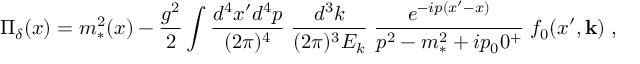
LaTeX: \Pi _ { \delta } ( x ) = m _ { * } ^ { 2 } ( x ) - { \frac { g ^ { 2 } } { 2 } } \int { \frac { d ^ { 4 } x ^ { \prime } d ^ { 4 } p } { ( 2 \pi ) ^ { 4 } } } \; { \frac { d ^ { 3 } k } { ( 2 \pi ) ^ { 3 } E _ { k } } } \; { \frac { e ^ { - i p ( x ^ { \prime } - x ) } } { p ^ { 2 } - m _ { * } ^ { 2 } + i p _ { 0 } 0 ^ { + } } } \; f _ { 0 } ( x ^ { \prime } , { \bf k } ) \; ,